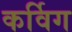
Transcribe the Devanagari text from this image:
कर्विग